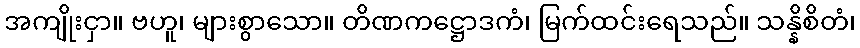
အကျိုးငှာ။ ဗဟူ၊ များစွာသော။ တိဏကဋ္ဌောဒကံ၊ မြက်ထင်းရေသည်။ သန္နိစိတံ၊